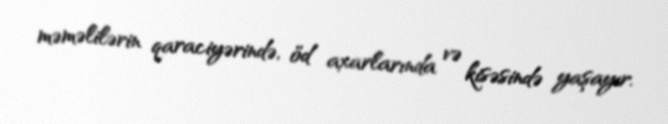
məməlilərin qaraciyərində, öd axarlarında və kisəsində yaşayır.